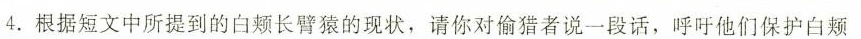
4.根据短文中所提到的白颊长臂猿的现状，请你对偷猎者说一段话，呼吁他们保护白颊